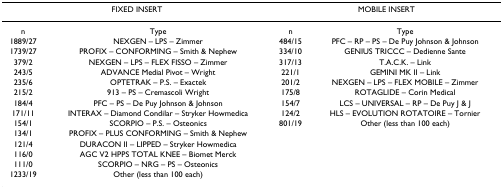
| <COLSPAN=2> FIXED INSERT | <COLSPAN=2> MOBILE INSERT |
 | --- | --- | --- | --- |
 | n | Type | n | Type |
 | 1889/27 | NEXGEN – LPS – Zimmer | 484/15 | PFC – RP – PS – De Puy Johnson & Johnson |
 | 1739/27 | PROFIX – CONFORMING – Smith & Nephew | 334/10 | GENIUS TRICCC – Dedienne Sante |
 | 379/2 | NEXGEN – LPS – FLEX FISSO – Zimmer | 317/13 | T.A.C.K. – Link |
 | 243/5 | ADVANCE Medial Pivot – Wright | 221/1 | GEMINI MK II – Link |
 | 235/6 | OPTETRAK – P.S. – Exactek | 201/2 | NEXGEN – LPS – FLEX MOBILE – Zimmer |
 | 215/2 | 913 – PS – Cremascoli Wright | 175/8 | ROTAGLIDE – Corin Medical |
 | 184/4 | PFC – PS – De Puy Johnson & Johnson | 154/7 | LCS – UNIVERSAL – RP – De Puy J & J |
 | 171/11 | INTERAX – Diamond Condilar – Stryker Howmedica | 124/2 | HLS – EVOLUTION ROTATOIRE – Tornier |
 | 154/1 | SCORPIO – P.S. – Osteonics | 801/19 | Other (less than 100 each) |
 | 134/1 | PROFIX – PLUS CONFORMING – Smith & Nephew |  |  |
 | 121/4 | DURACON II – LIPPED – Stryker Howmedica |  |  |
 | 116/0 | AGC V2 HPPS TOTAL KNEE – Biomet Merck |  |  |
 | 111/0 | SCORPIO – NRG – PS – Osteonics |  |  |
 | 1233/19 | Other (less than 100 each) |  |  |